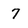
Character: 7